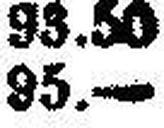
95.—